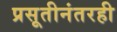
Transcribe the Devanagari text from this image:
प्रसूतीनंतरही